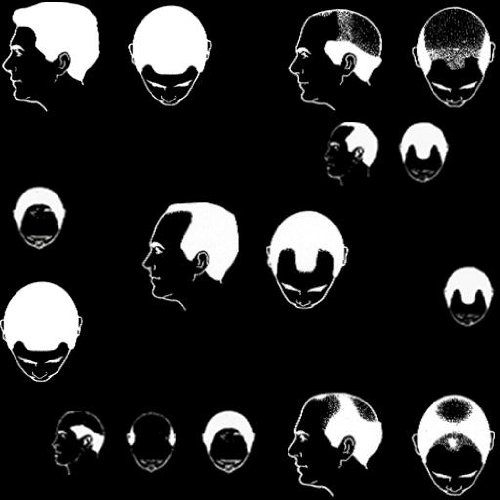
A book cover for The book wants to read before beginning bald or hair loss of treatment (the bald boy's life in Japan 1); Ega_pyon; Health, Fitness & Dieting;